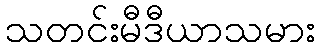
သတင်းမီဒီယာသမား